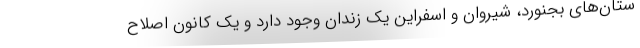
ستان‌های بجنورد، شیروان و اسفراین یک زندان وجود دارد و یک کانون اصلاح